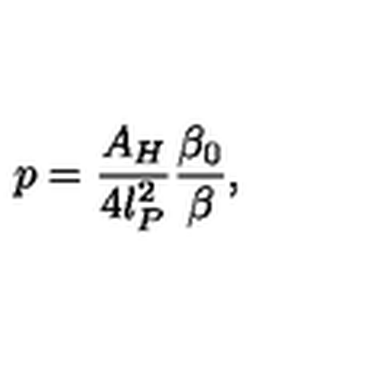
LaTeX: p = { \frac { A _ { H } } { 4 l _ { P } ^ { 2 } } } { \frac { \beta _ { 0 } } { \beta } } ,